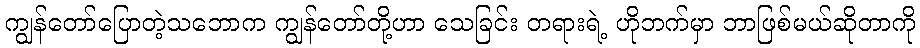
ကျွန်တော်ပြောတဲ့သဘောက ကျွန်တော်တို့ဟာ သေခြင်း တရားရဲ့ ဟိုဘက်မှာ ဘာဖြစ်မယ်ဆိုတာကို